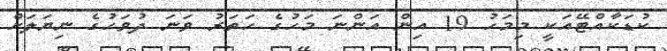
ކުޑަކާއްޓޭއަކީ މިމަހު 19 އިން އަންނަ މަހުގެ ހަތަރު ވަނަ ދުވަހުގެ ނިޔަލަށް